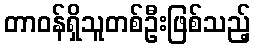
တာဝန်ရှိသူတစ်ဦးဖြစ်သည့်